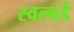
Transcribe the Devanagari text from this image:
स्वल्बर्ड